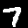
Digit: 7